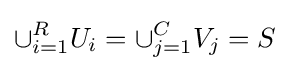
\cup _{i=1}^{R}U_{i}=\cup _{j=1}^{C}V_{j}=S